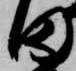
田